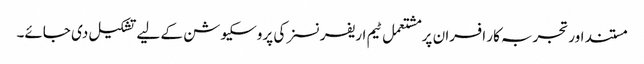
مستند اور تجربہ کار افسران پر مشتعمل ٹیم اریفرنسز کی پروسکیوشن کے لیے تشکیل دی جائے۔